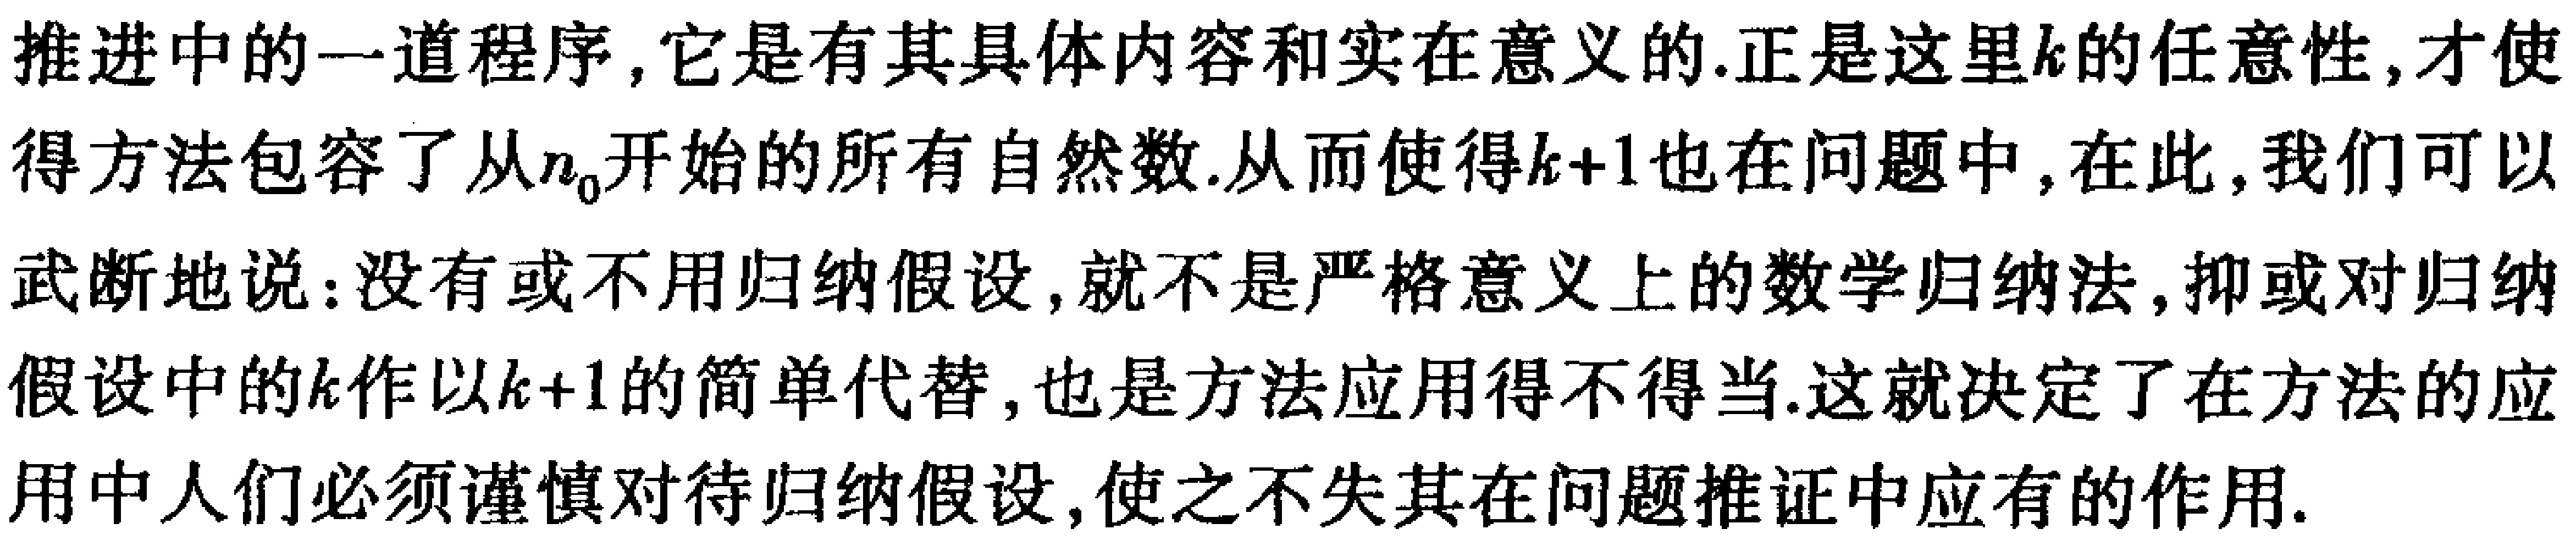
推进中的一道程序, 它是有其具体内容和实在意义的. 正是这里\(k\)的任意性, 才使得方法包容了从\(n_{0}\)开始的所有自然数. 从而使得\(k + 1\)也在问题中, 在此, 我们可以武断地说: 没有或不用归纳假设, 就不是严格意义上的数学归纳法, 抑或对归纳假设中的\(k\)作以\(k + 1\)的简单代替, 也是方法应用得不得当. 这就决定了在方法的应用中人们必须谨慎对待归纳假设, 使之不失其在问题推证中应有的作用.